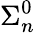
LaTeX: \Sigma_{n}^{0}